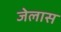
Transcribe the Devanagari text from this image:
जेलास